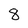
Character: 8